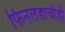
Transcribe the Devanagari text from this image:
फिनलंडाचीही